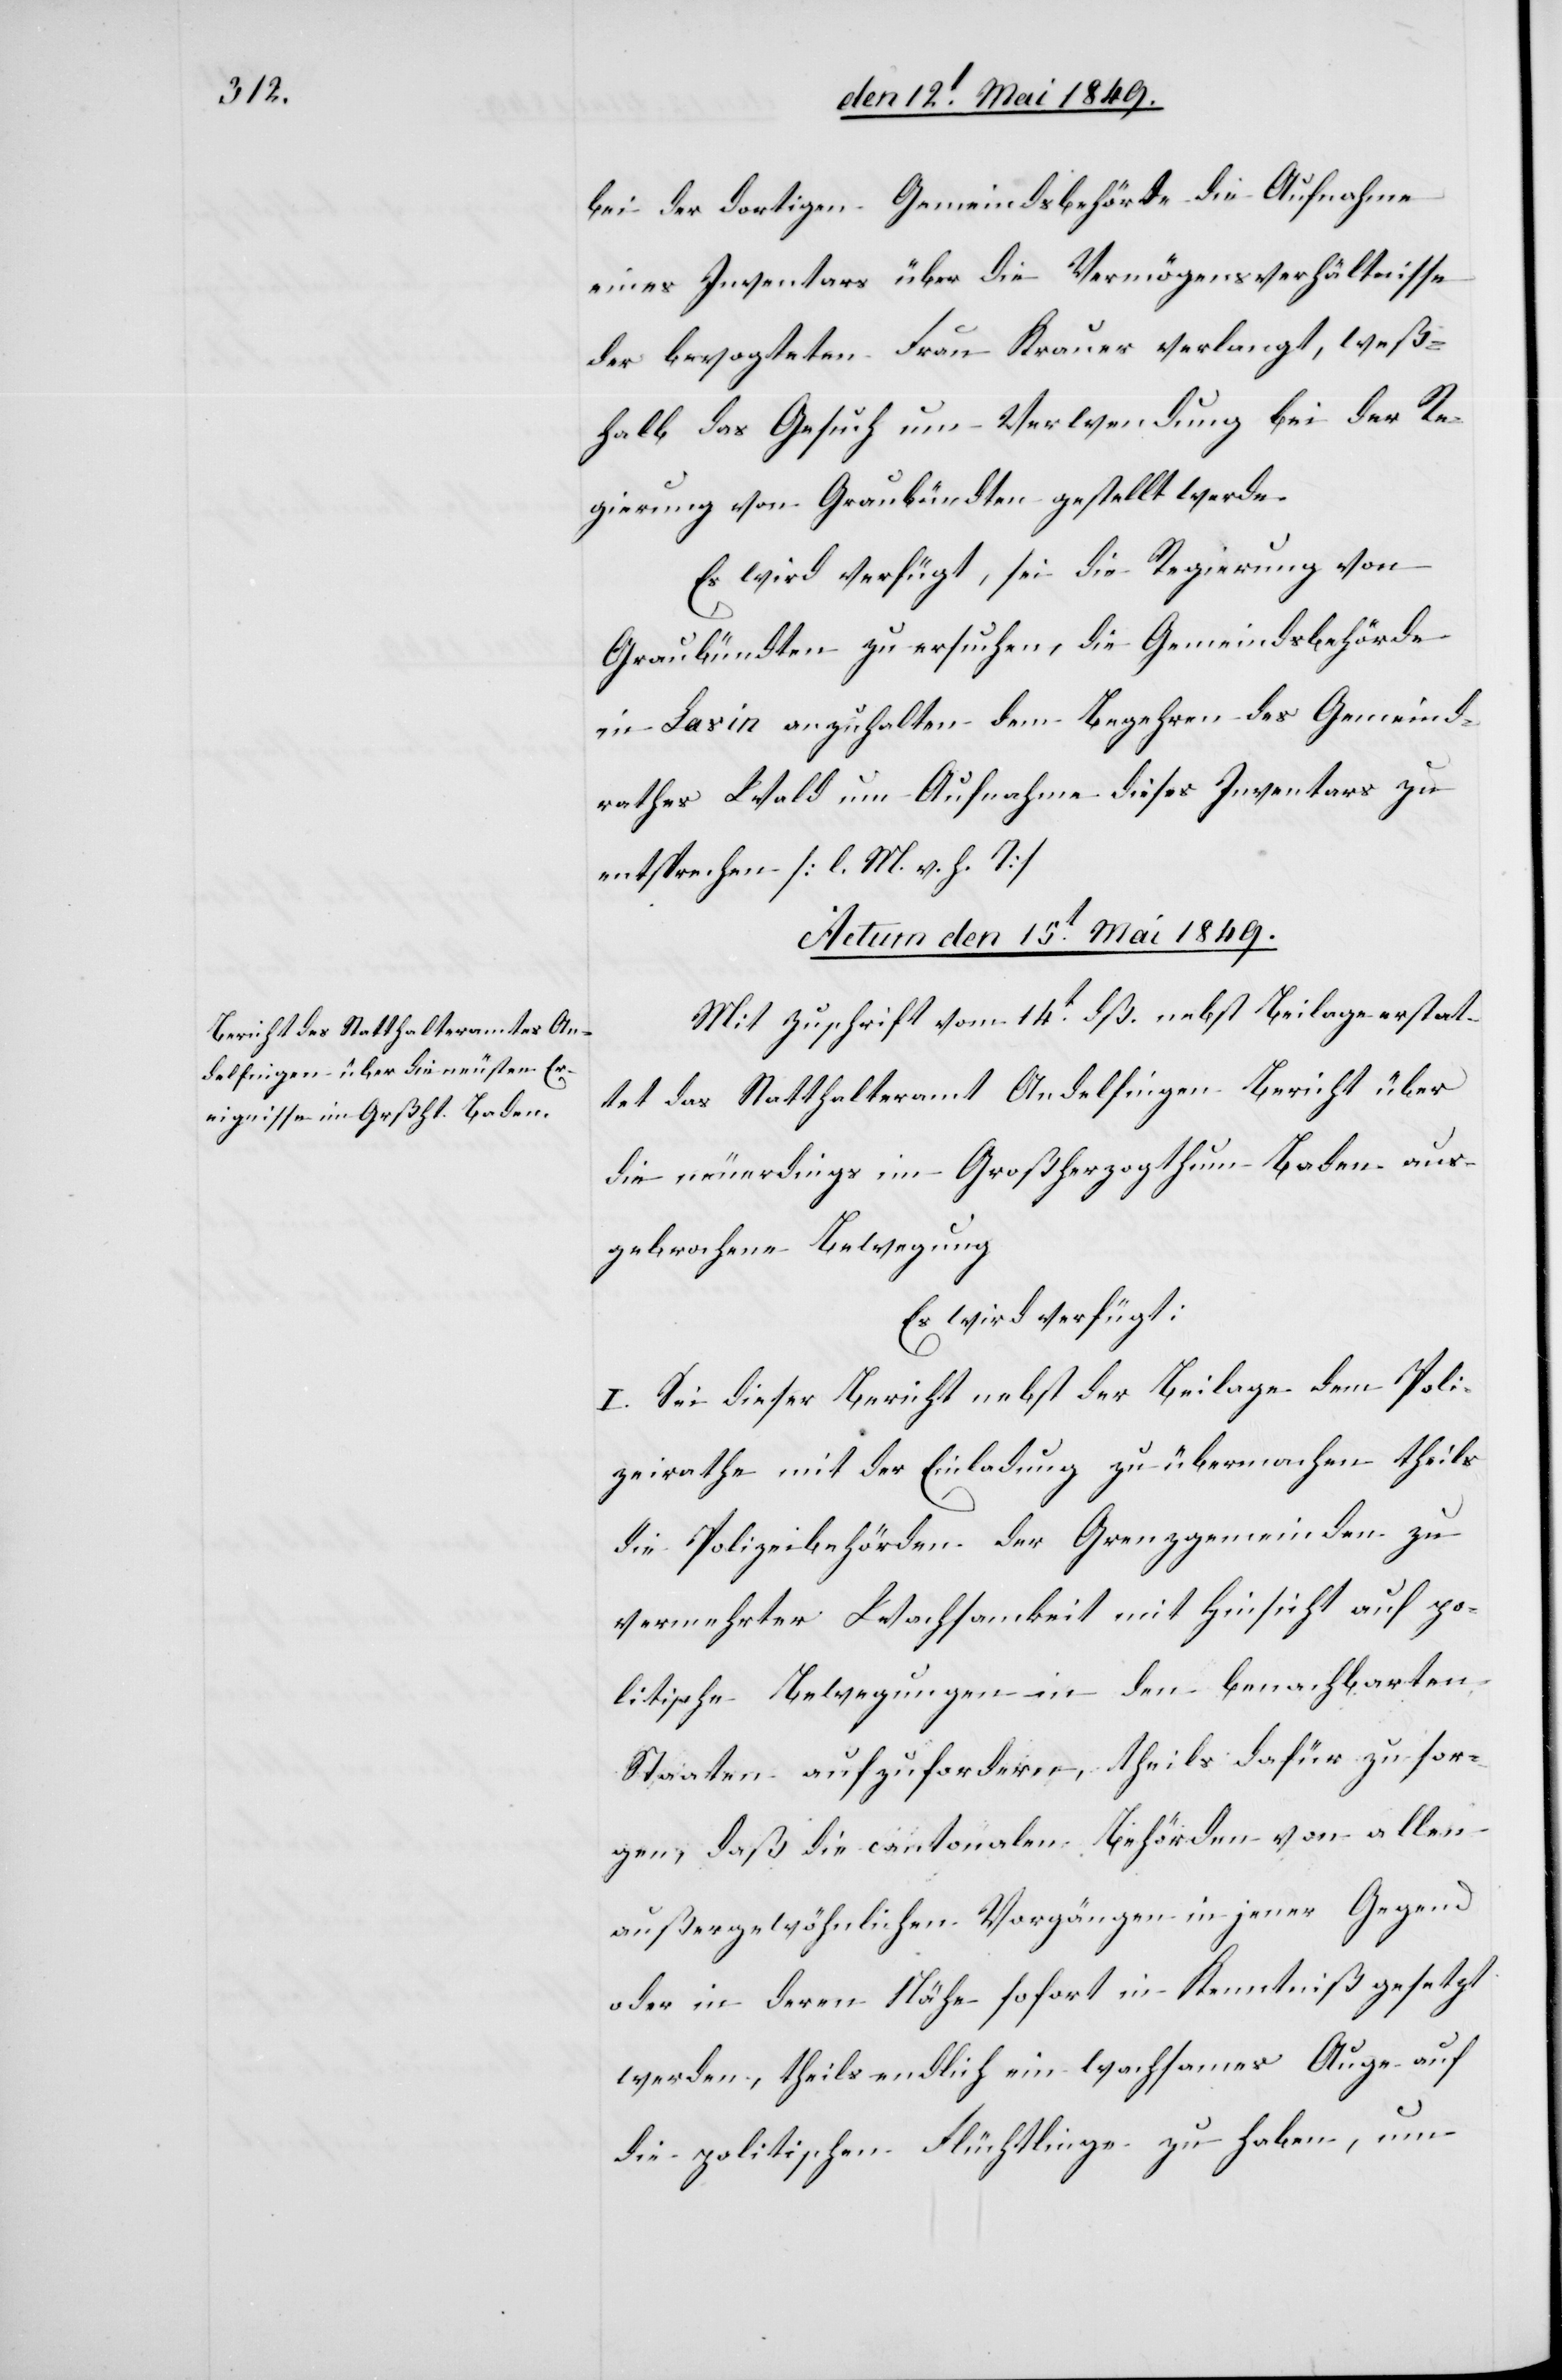
bei der dortigen Gemeindsbehörde die Aufnahme
eines Inventars über die Vermögensverhältnisse
der bevogteten Frau Krauer verlangt, weß¬
halb das Gesuch um Verwendung bei der Re¬
gierung von Graubündten gestellt werde.
Es wird verfügt, sei die Regierung von
Graubündten zu ersuchen, die Gemeindsbehörde
in Lavin anzuhalten dem Begehren des Gemeind¬
rathes Wald um Aufnahme dieses Inventars zu
entsprechen [l. M. h. T][.]
Actum den 15t Mai 1849.
Mit Zuschrift vom 14t dß. nebst Beilage erstat¬
tet das Statthalteramt Andelfingen Bericht über
die neuerdings im Großherzogthum Baden aus¬
gebrochene Bewegung
Es wird verfügt:
I. Sei dieser Bericht nebst der Beilage dem Poli¬
zeirathe mit der Einladung zu übermachen theils
die Polizeibehörden der Grenzgemeinden zu
vermehrter Wachsamkeit mit Hinsicht auf po¬
litische Bewegungen in den benachbarten
Staaten aufzufordern, theils dafür zu sor¬
gen, daß die cantonalen Behörden von allen
außergewöhnlichen Vorgängen in jener Gegend
oder in deren Nähe sofort in Kenntniß gesetzt
werden, theils endlich ein wachsames Auge auf
die politischen Flüchtlinge zu haben, um